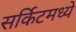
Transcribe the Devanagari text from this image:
सर्किटमध्ये